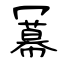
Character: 冪